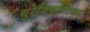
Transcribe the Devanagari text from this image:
युरेशियातल्या